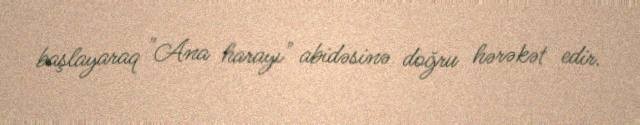
başlayaraq "Ana harayı" abidəsinə doğru hərəkət edir.